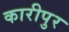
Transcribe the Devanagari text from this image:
कारीपुर